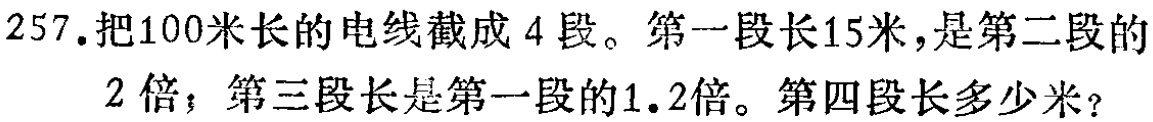
257.把100米长的电线截成4段。第一段长15米，是第二段的2倍；第三段长是第一段的1.2倍。第四段长多少米？